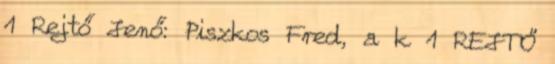
1 Rejtő Jenő: Piszkos Fred, a k 1 REJTŐ